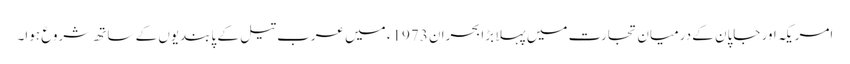
امریکہ اور جاپان کے درمیان تجارت میں پہلا بڑا بحران 1973ء میں عرب تیل کے پابندیوں کے ساتھ شروع ہوا۔